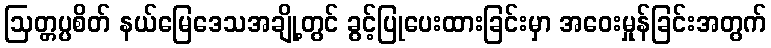
ဩတ္တပ္ပစိတ် နယ်မြေဒေသအချို့တွင် ခွင့်ပြုပေးထားခြင်းမှာ အဝေးမှုန်ခြင်းအတွက်